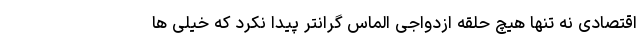
اقتصادی نه تنها هیچ حلقه ازدواجی الماس گرانتر پیدا نکرد که خیلی ها